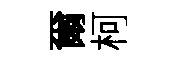
爾柯